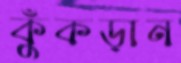
কুঁকড়ান